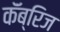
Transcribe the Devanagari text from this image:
कॅंब्रिज